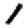
Digit: 1